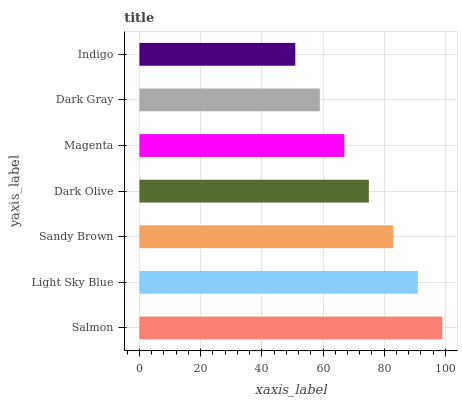
| yaxis_label | bars |
 | --- | --- |
 | Salmon | 99 |
 | Light Sky Blue | 91 |
 | Sandy Brown | 83 |
 | Dark Olive | 75 |
 | Magenta | 67 |
 | Dark Gray | 59 |
 | Indigo | 50.9 |